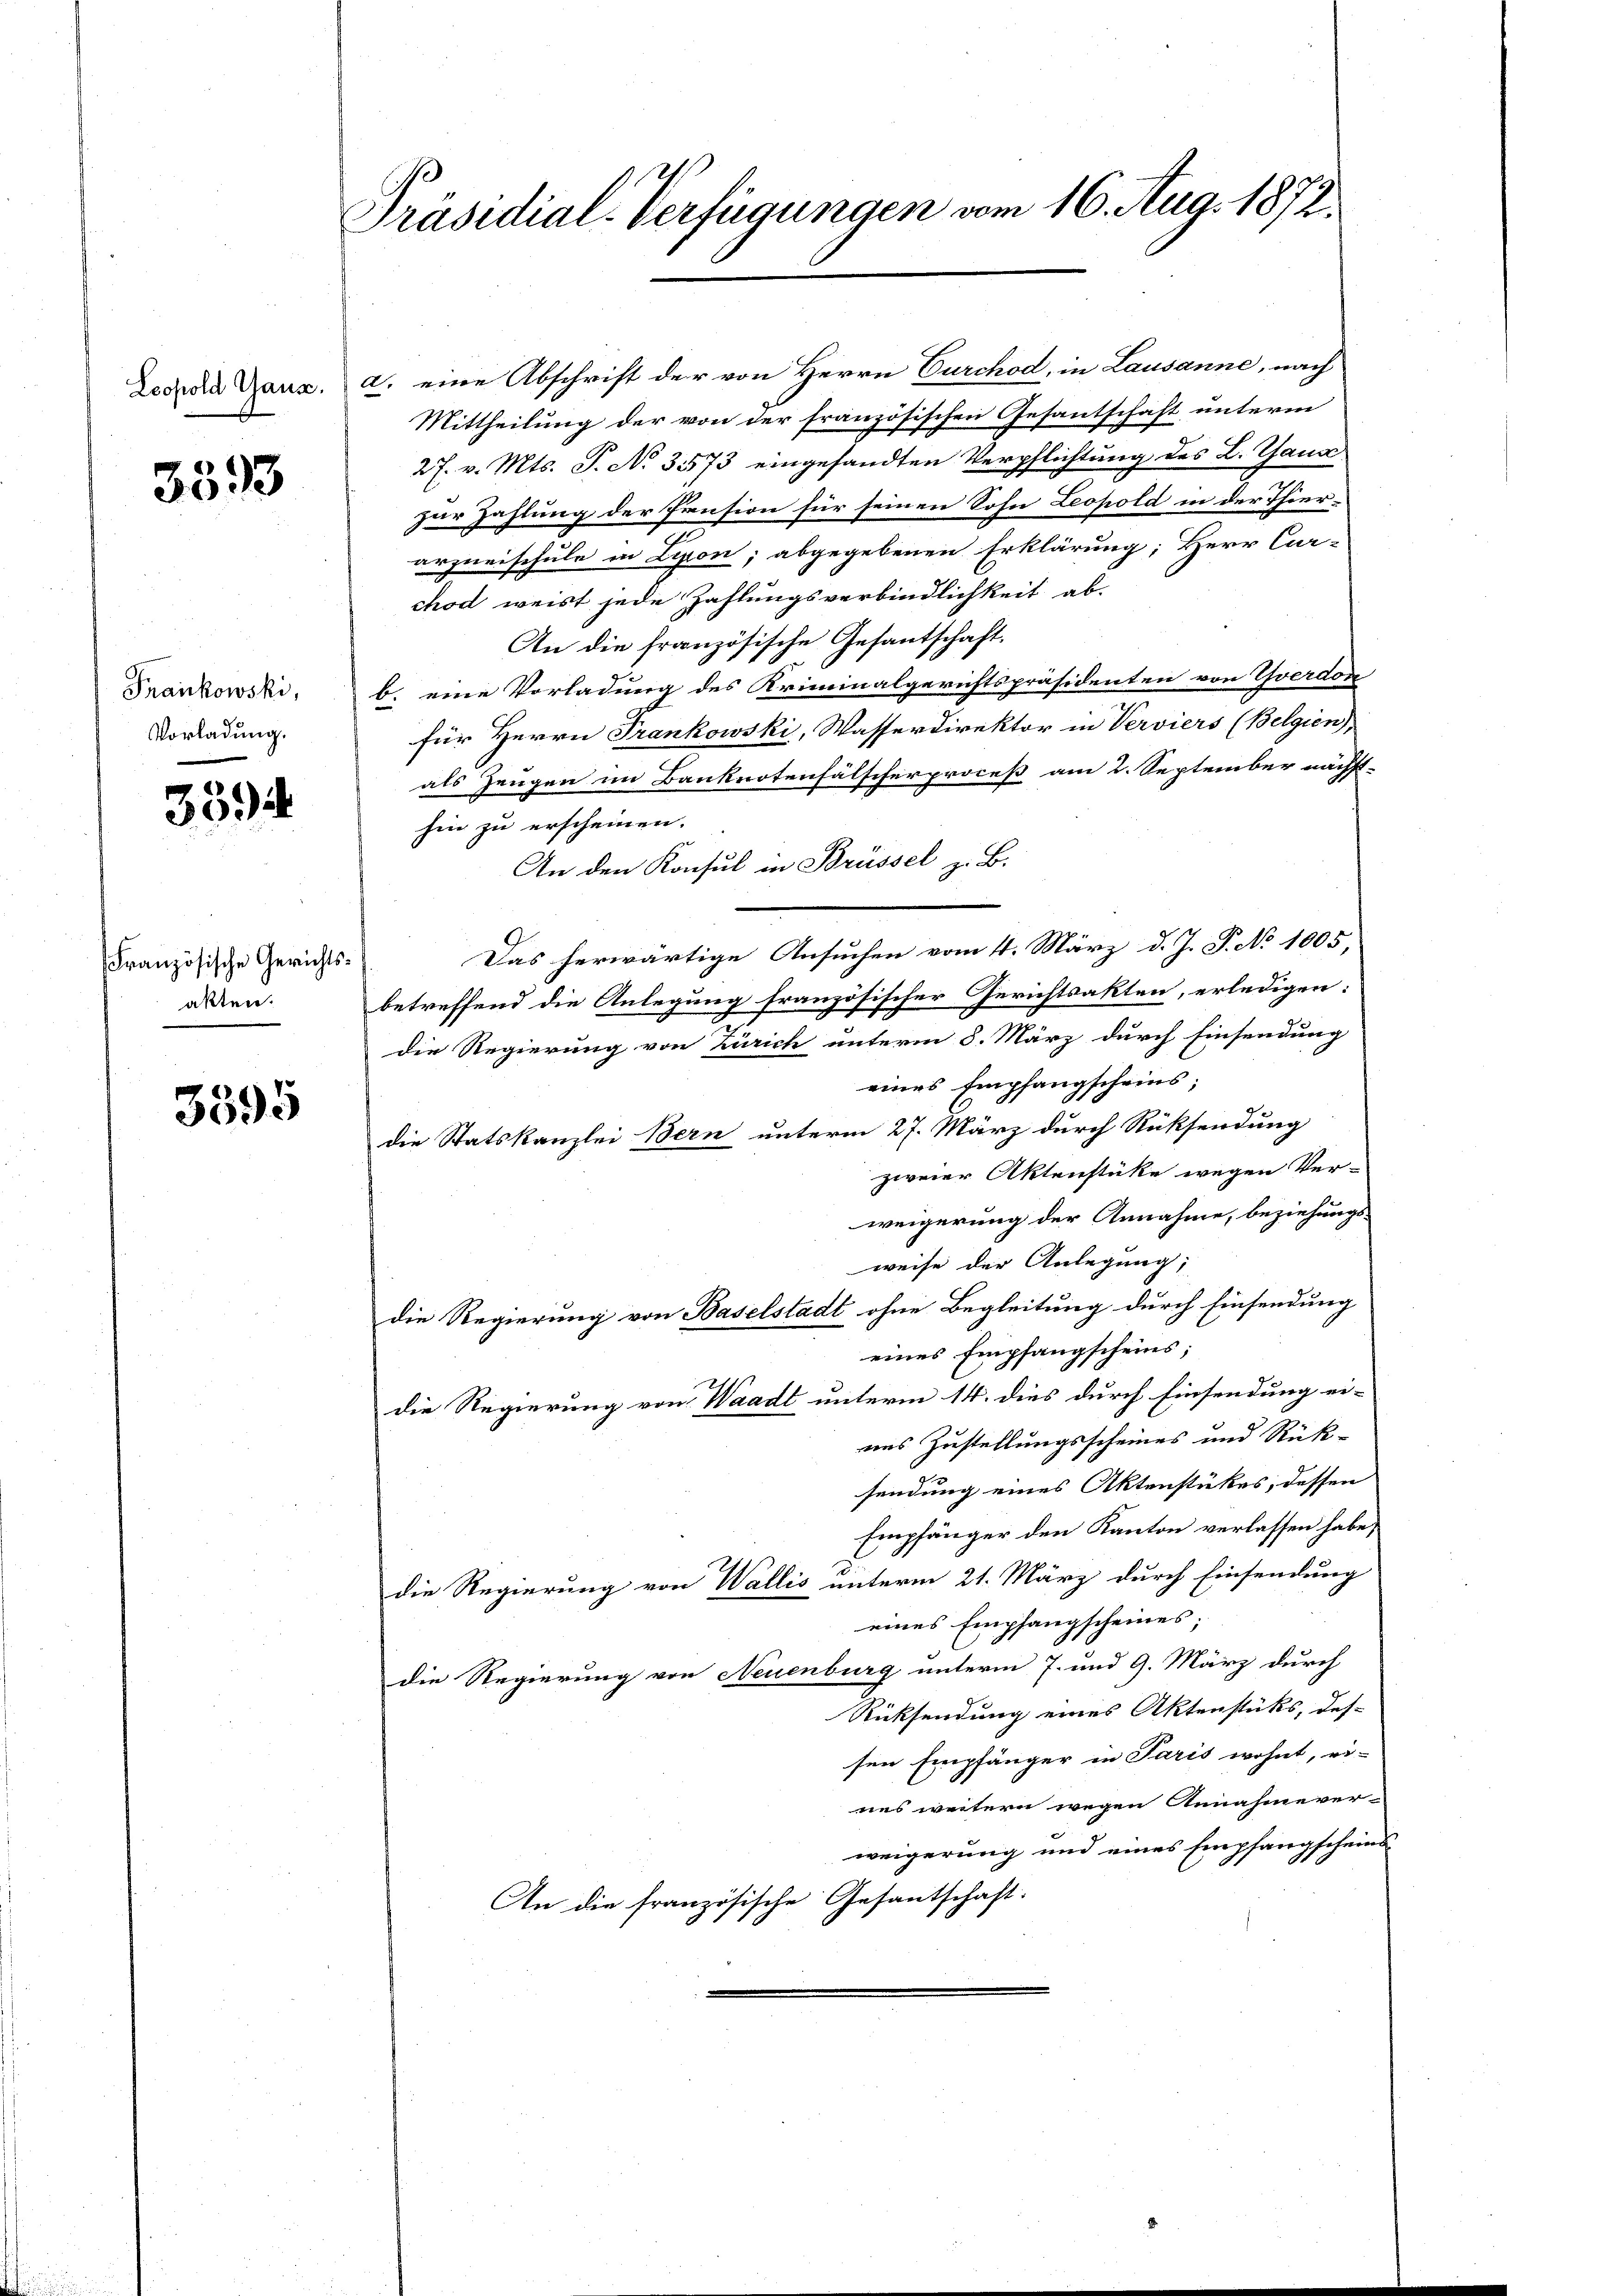
3593

Frankowski,
Vorladung.

3394

Französische Gerichtsakten.

3595

Präsidial-Verfügungen vom 16. Aug. 1872.

Leder Tanz. a. eine Abschrift der von Herrn Curchod, in Lausanne, nach
Mittheilung der von der französischen Gesantschaft unterm
27. v. Mts. S. No 3573 eingesandten Verpflichtung des L. Taus
zur Zahlung der Pension für seinen Sohn Leopold in der Thierarzneischule in Lyon, abgegebenen Erklärung; Herr Cur-
chod weist jede Zahlungsverbindlichkeit ab.
An die französische Gesantschaft.
b. eine Vorladung des Kriminalgerichtspräsidenten von Yverdor
für Herrn Frankowski, Wasserdirektor in Verviers (Belgien),
als Zeugen im Banknotenfälscherproceß am 2. September nächst-
hin zu erscheinen.
An den Konsul in Brüssel z. B.
Das herwärtige Ansuchen vom 4. März d. J. P. No 1005,
betreffend die Anlegung französischer Gerichtsakten, erledigen:
die Regierung von Zürich unterm 8. März durch Einsendung
eines Empfangscheins;
die Statskanzlei Bern unterm 27. März durch Rücksendung
zweier Aktenstüke wegen Ver-
weigerung der Annahme, beziehungsweise der Anlegung;
die Regierung von Baselstadt ohne Begleitung durch Einsendung
eines Empfangscheins;
die Regierung von Waadt unterm 14. dies durch Einsendung ei-
ans Zustellungsscheines und Rück-
sendung eines Aktenstükes, dessen
Empfänger den Kanton verlassen habe,
die Regierung von Wallis unterm 21. März durch Einsendung
eines Empfangscheines,
die Regierung von Neuenburg unterm 7. und 9. März durch
Rücksendung eines Aktenstücks, des-
sen Empfänger in Paris wohnt, ri-
nes weitern wegen Annahmever-
weigerung und eines Empfangscheins
An die französische Gesantschaft.